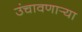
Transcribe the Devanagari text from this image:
उंचावणार्‍या